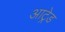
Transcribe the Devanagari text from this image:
आट्रेड